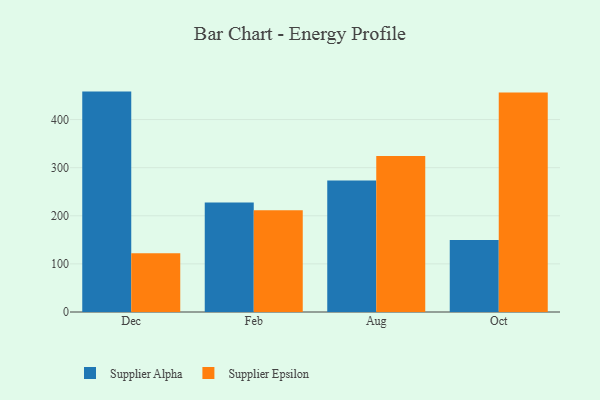
{"axis": {"x": "Month", "y": "Gross Profit (USD K)"}, "legend": ["Supplier Alpha", "Supplier Epsilon"], "data": [{"x": "Dec", "y": 458.1, "type": "Supplier Alpha"}, {"x": "Dec", "y": 122.1, "type": "Supplier Epsilon"}, {"x": "Feb", "y": 227.4, "type": "Supplier Alpha"}, {"x": "Feb", "y": 211.4, "type": "Supplier Epsilon"}, {"x": "Aug", "y": 273.3, "type": "Supplier Alpha"}, {"x": "Aug", "y": 324.5, "type": "Supplier Epsilon"}, {"x": "Oct", "y": 149.4, "type": "Supplier Alpha"}, {"x": "Oct", "y": 456.2, "type": "Supplier Epsilon"}]}